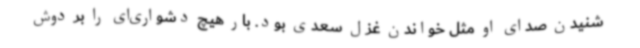
شنیدن صدای او مثل خواندن غزل سعدی بود. بار هیچ دشواری‌ای را بر دوش